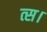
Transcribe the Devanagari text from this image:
त्स।